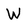
Character: W